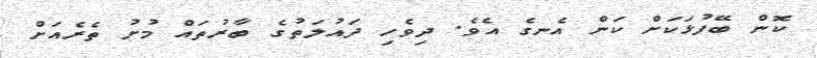
ކޮން ބޭފުޅަކަށް ކަން އެނގެ އެވެ. ދިވެހި ދައުލަތުގެ ބާރުތައް މުށު ތެރެއަށް